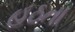
હઠતા